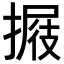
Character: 𢲈